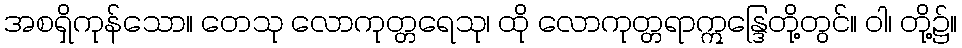
အစရှိကုန်သော။ တေသု လောကုတ္တရေသု၊ ထို လောကုတ္တရာဣန္ဒြေတို့တွင်။ ဝါ၊ တို့၌။